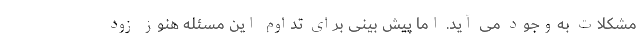
مشکلات به‌وجود می آید. اما پیش بینی برای تداوم این مسئله هنوز زود